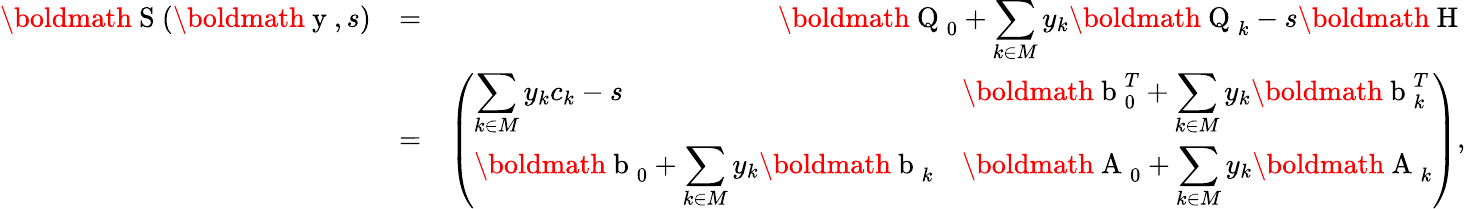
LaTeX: \begin{array}{rlr}{\mathrm{\boldmath~S~}(\mathrm{\boldmath~y~},s)}&{=}&{\mathrm{\boldmath~Q~}_{0}+\displaystyle\sum_{k\in M}y_{k}\mathrm{\boldmath~Q~}_{k}-s\mathrm{\boldmath~H~}}\\ &{=}&{\left(\begin{array}{ll}{\displaystyle\sum_{k\in M}y_{k}c_{k}-s}&{\displaystyle\mathrm{\boldmath~b~}_{0}^{T}+\sum_{k\in M}y_{k}\mathrm{\boldmath~b~}_{k}^{T}}\\ {\displaystyle\mathrm{\boldmath~b~}_{0}+\sum_{k\in M}y_{k}\mathrm{\boldmath~b~}_{k}}&{\displaystyle\mathrm{\boldmath~A~}_{0}+\sum_{k\in M}y_{k}\mathrm{\boldmath~A~}_{k}}\end{array}\right),}\end{array}